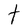
Character: t